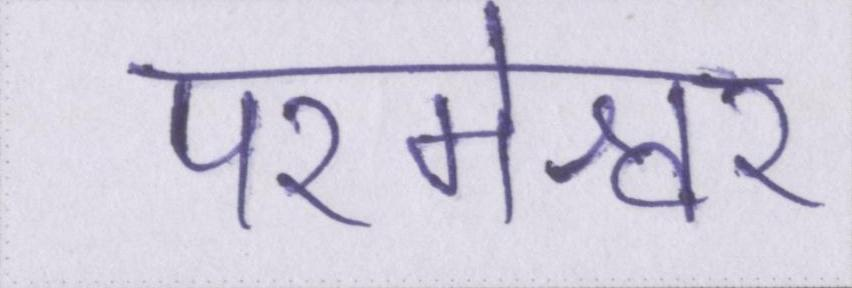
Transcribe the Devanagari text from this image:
परमेश्वर